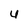
Character: u